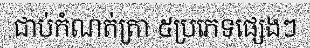
ជាប់កំណត់ត្រា ៥ប្រភេទផ្សេងៗ